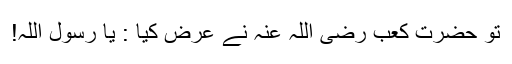
تو حضرت کعب رضی اللہ عنہ نے عرض کیا : یا رسول اللہ!